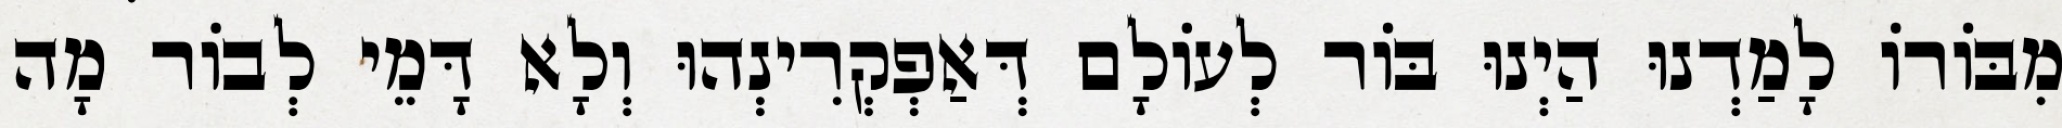
מִבּוֹרוֹ לָמַדְנוּ הַיְנוּ בּוֹר לְעוֹלָם דְּאַפְקְרִינְהוּ וְלָא דָּמֵי לְבוֹר מָה